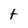
Character: t